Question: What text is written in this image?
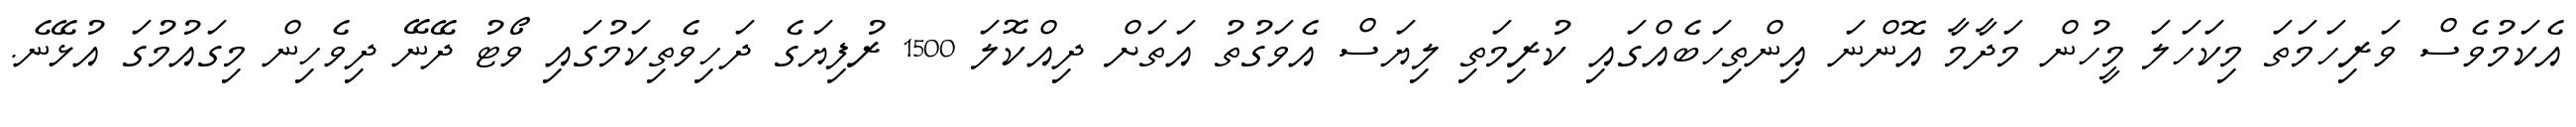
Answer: އެކަމުވެސް ވަރިހަމަތަ މިކަހަލަ މީހުން މަދާމާ އޮންނަ އިންތިހަބެއްގައި ކުރިމަތި ލިޔަސް އެވަގުތު އަތަށް ދިއްކޮލަ 1500 ރުފިޔަގެ ދަހިވެތިކަމުގައި ވޯޓު ދޭނޭ ދިވެހިން މިގައުމުގަ އުޅޭނެ.